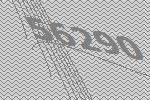
56290